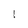
Character: l